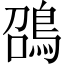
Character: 䳂